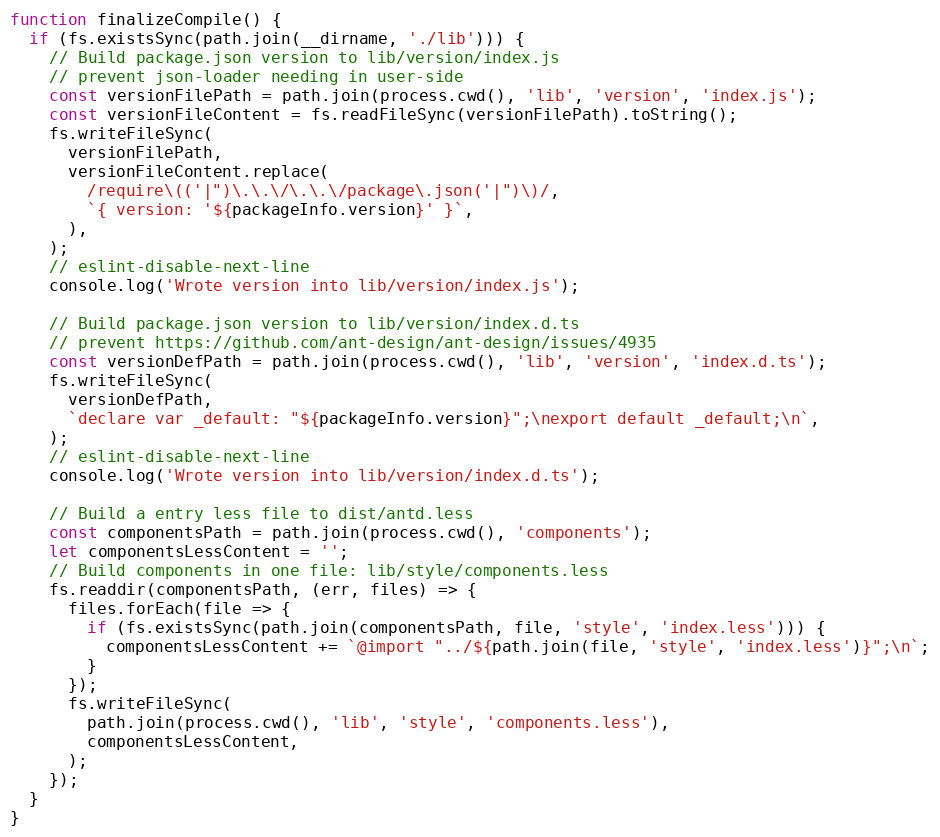
Language: JavaScript
function finalizeCompile() {
  if (fs.existsSync(path.join(__dirname, './lib'))) {
    // Build package.json version to lib/version/index.js
    // prevent json-loader needing in user-side
    const versionFilePath = path.join(process.cwd(), 'lib', 'version', 'index.js');
    const versionFileContent = fs.readFileSync(versionFilePath).toString();
    fs.writeFileSync(
      versionFilePath,
      versionFileContent.replace(
        /require\(('|")\.\.\/\.\.\/package\.json('|")\)/,
        `{ version: '${packageInfo.version}' }`,
      ),
    );
    // eslint-disable-next-line
    console.log('Wrote version into lib/version/index.js');

    // Build package.json version to lib/version/index.d.ts
    // prevent https://github.com/ant-design/ant-design/issues/4935
    const versionDefPath = path.join(process.cwd(), 'lib', 'version', 'index.d.ts');
    fs.writeFileSync(
      versionDefPath,
      `declare var _default: "${packageInfo.version}";\nexport default _default;\n`,
    );
    // eslint-disable-next-line
    console.log('Wrote version into lib/version/index.d.ts');

    // Build a entry less file to dist/antd.less
    const componentsPath = path.join(process.cwd(), 'components');
    let componentsLessContent = '';
    // Build components in one file: lib/style/components.less
    fs.readdir(componentsPath, (err, files) => {
      files.forEach(file => {
        if (fs.existsSync(path.join(componentsPath, file, 'style', 'index.less'))) {
          componentsLessContent += `@import "../${path.join(file, 'style', 'index.less')}";\n`;
        }
      });
      fs.writeFileSync(
        path.join(process.cwd(), 'lib', 'style', 'components.less'),
        componentsLessContent,
      );
    });
  }
}